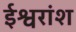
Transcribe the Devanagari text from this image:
ईश्वरांश